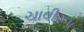
ચાવીરૂપ